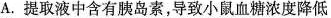
A.提取液中含有胰岛素，导致小鼠血糖浓度降低